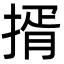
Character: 揟